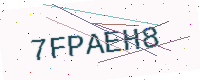
Text: 7FPAEH8